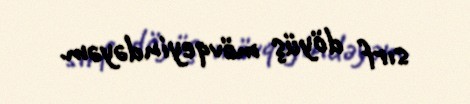
sırf döyüş mövqeyindəyəm.